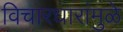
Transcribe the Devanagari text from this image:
विचारधारांमुळे